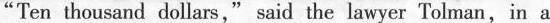
"Ten thousand dollars," said the lawyer Tolman,in a